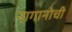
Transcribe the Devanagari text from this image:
नागानोची